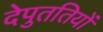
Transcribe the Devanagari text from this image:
देपुततियों